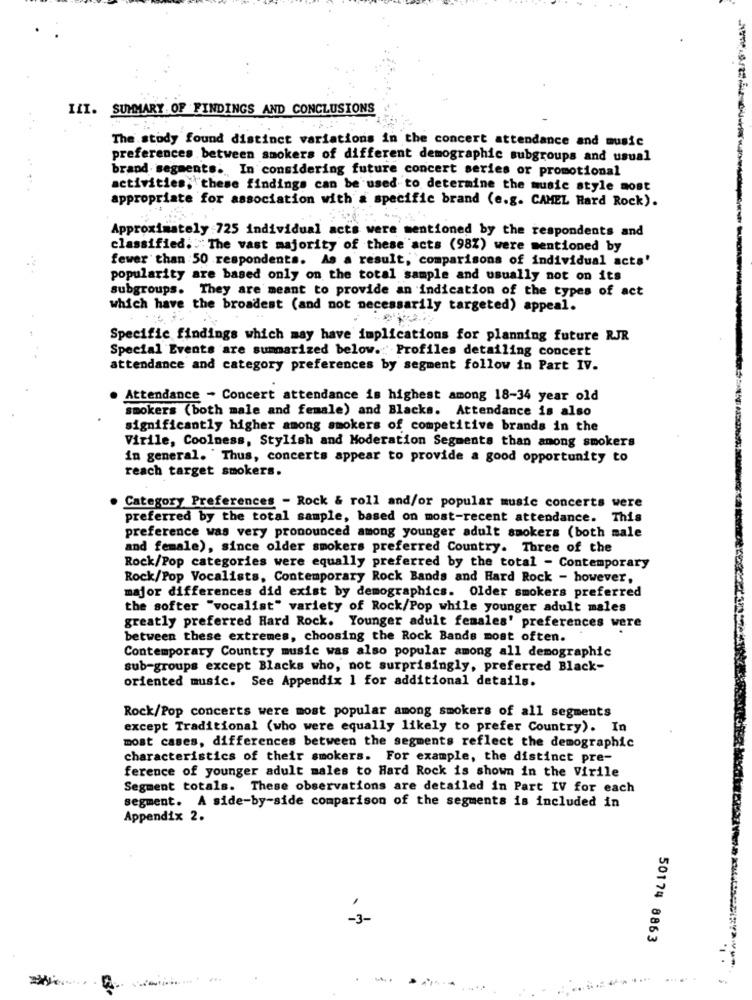
III. SUMMARY OF FINDINGS AND CONCLUSIONS
The study found distinct variations in the concert attendance and music
----
preferences between smokers of different demographic subgroups and usual
brand segments. In considering future concert series or promotional
activities, these findings can be used to determine the music style most
appropriate for association with a specific brand (e.g. CAMEL Hard Rock).
Approximately 725 individual acts were mentioned by the respondents and
classified. The vast majority of these acts (98%) were mentioned by
fewer than 50 respondents. As a result, comparisons of individual acts'
popularity are based only on the total sample and usually not on its
subgroups. They are meant to provide an indication of the types of act
which have the broadest (and not necessarily targeted) appeal.
Specific findings which may have implications for planning future RJR
Special Events are summarized below. Profiles detailing concert
attendance and category preferences by segment follow in Part IV.
Attendance - Concert attendance is highest among 18-34 year old
smokers (both male and female) and Blacks. Attendance is also
significantly higher among smokers of competitive brands in the
Virile, Coolness, Stylish and Moderation Segments than among smokers
in general. Thus, concerts appear to provide a good opportunity to
reach target smokers.
Category Preferences - Rock & roll and/or popular music concerts were
preferred by the total sample, based on most-recent attendance. This
preference was very pronounced among younger adult smokers (both male
and female), since older smokers preferred Country. Three of the
Rock/Pop categories were equally preferred by the total - Contemporary
Rock/Pop Vocalists, Contemporary Rock Bands and Hard Rock - however,
major differences did exist by demographics. Older smokers preferred
the softer "vocalist" variety of Rock/Pop while younger adult males
greatly preferred Hard Rock. Younger adult females' preferences were
between these extremes, choosing the Rock Bands most often.
Contemporary Country music was also popular among all demographic
sub-groups except Blacks who, not surprisingly, preferred Black-
oriented music. See Appendix 1 for additional details.
Rock/Pop concerts were most popular among smokers of all segments
except Traditional (who were equally likely to prefer Country). In
most cases, differences between the segments reflect the demographic
characteristics of their smokers. For example, the distinct pre-
ference of younger adult males to Hard Rock is shown in the Virile
Segment totals. These observations are detailed in Part IV for each
segment. A side-by-side comparison of the segments is included in
Appendix 2.
-3-
DIRYA
50174 8863